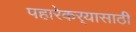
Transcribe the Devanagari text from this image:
पहारेकर्‍यासाठी